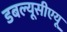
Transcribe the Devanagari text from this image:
डबल्यूसीएयू